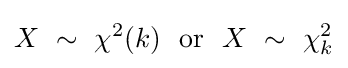
X\ \sim \ \chi ^{2}(k)\ \ {\text{or}}\ \ X\ \sim \ \chi _{k}^{2}